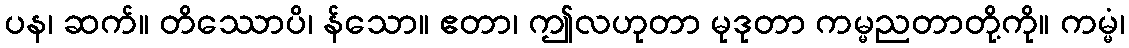
ပန၊ ဆက်။ တိဿောပိ၊ န်သော။ ဧတာ၊ ဤလဟုတာ မုဒုတာ ကမ္မညတာတို့ကို။ ကမ္မံ၊